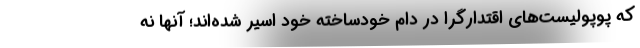
که پوپولیست‌های اقتدارگرا در دام خودساخته خود اسیر شده‌اند؛ آنها نه